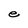
Character: e